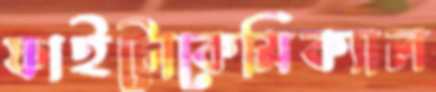
ফাইটোকেমিক্যাল